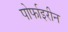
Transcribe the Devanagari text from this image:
पोर्फाइरीन